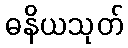
ဓနိယသုတ်